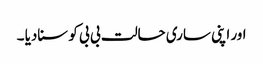
اور اپنی ساری حالت بی بی کو سنادیا ۔